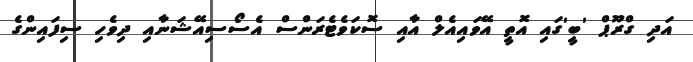
އަދި ގްރޫޕް 'ބީ'ގައި އޮތީ އޭވައިއެލް އާއި ސޮކަވެޓެރަންސް އެސޯސިއޭޝަނާއި ދިވެހި ސިފައިންގެ